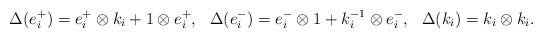
LaTeX: \begin{align*}\Delta(e_i^+) = e_i^+ \otimes k_i + 1 \otimes e_i^+,&&\Delta(e_i^-) = e_i^- \otimes 1 + k_i^{-1} \otimes e_i^-,&&\Delta(k_i) = k_i \otimes k_i.\end{align*}